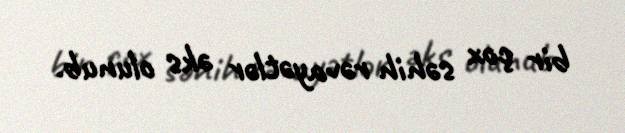
bir çox səhih rəvayətlər əks olunub.